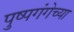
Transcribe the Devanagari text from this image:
पुष्पगंगेच्या